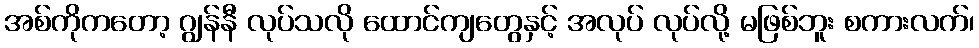
အစ်ကိုကတော့ ဂျွန်နီ လုပ်သလို ထောင်ကျတွေနှင့် အလုပ် လုပ်လို့ မဖြစ်ဘူး စကားလက်၊